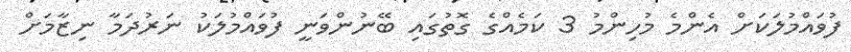
ފުވައްމުލަކަށް އެންމެ މުހިންމު 3 ކަމެއްގެ ގޮތުގައި ބޭނުންވަނީ ފުވައްމުލަކު ނަރުދަމާ ނިޒާމަށް